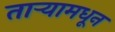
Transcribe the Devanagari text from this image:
तार्‍यामधून